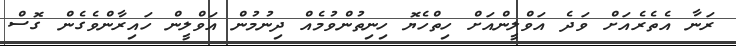
ރަނާ އެތެރެއަށް ވަދެ އަވްލީންއަށް ހިތްހެޔޮ ހިނިތުންވުމެއް ދިނުމުން އަވްލީން ހައިރާންވެގެން ގޮސް